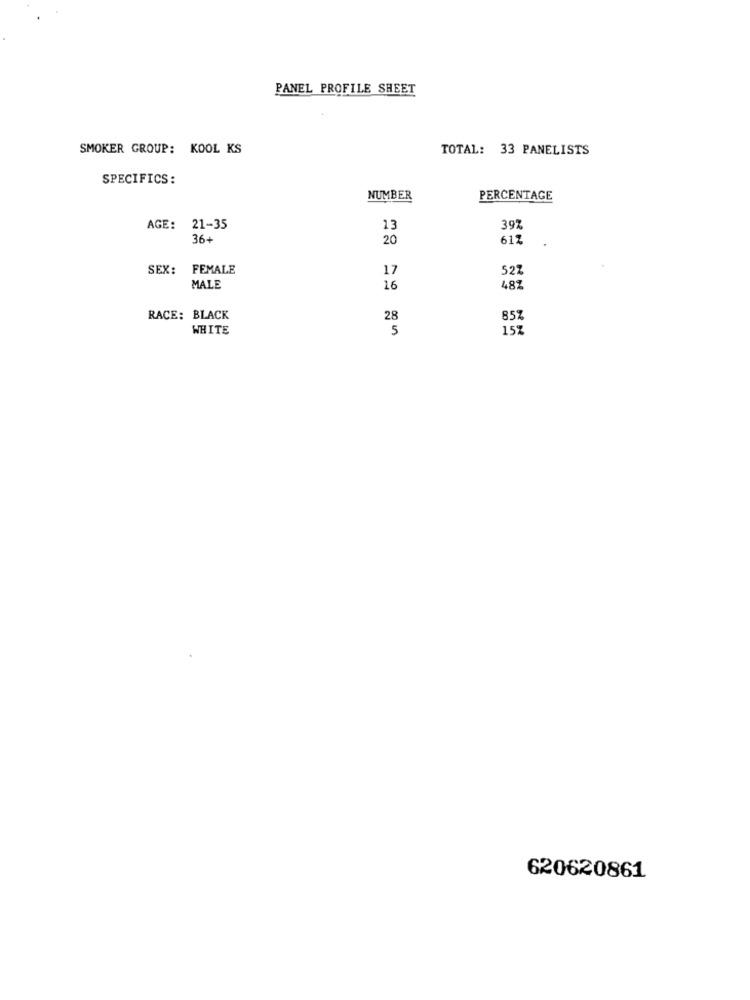
PANEL PROFILE SHEET
SMOKER GROUP: KOOL KS
TOTAL: 33 PANELISTS
SPECIFICS:
NUMBER
PERCENTAGE
AGE: 21-35
13
397
36+
20
617
SEX:
FEMALE
17
527
MALE
16
48Z
RACE: BLACK
28
85%
WHITE
5
157
620620861